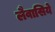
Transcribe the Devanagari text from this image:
लैवासिये